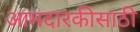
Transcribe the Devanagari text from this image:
आमदारकीसाठी